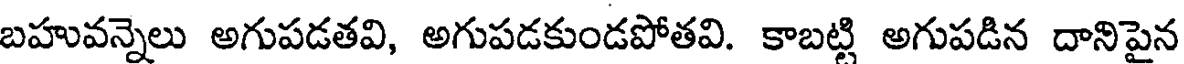
బహువన్నెలు అగుపడతవి, అగుపడకుండపోతవి. కాబట్లి అగుపడిన దానిపైన